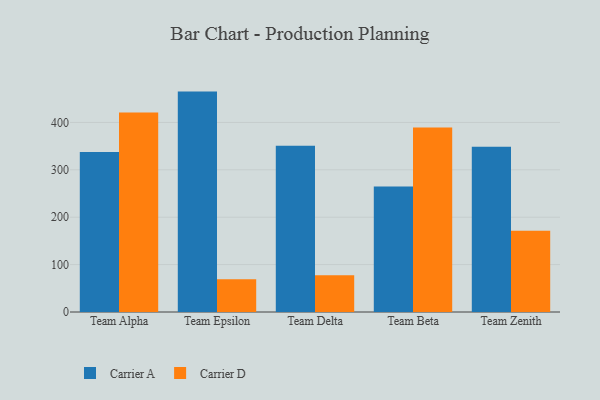
{"axis": {"x": "Team", "y": "Shipments"}, "legend": ["Carrier A", "Carrier D"], "data": [{"x": "Team Alpha", "y": 337.6, "type": "Carrier A"}, {"x": "Team Alpha", "y": 421.2, "type": "Carrier D"}, {"x": "Team Epsilon", "y": 465.1, "type": "Carrier A"}, {"x": "Team Epsilon", "y": 69.1, "type": "Carrier D"}, {"x": "Team Delta", "y": 350.6, "type": "Carrier A"}, {"x": "Team Delta", "y": 77.4, "type": "Carrier D"}, {"x": "Team Beta", "y": 264.7, "type": "Carrier A"}, {"x": "Team Beta", "y": 389.3, "type": "Carrier D"}, {"x": "Team Zenith", "y": 348.9, "type": "Carrier A"}, {"x": "Team Zenith", "y": 171.5, "type": "Carrier D"}]}